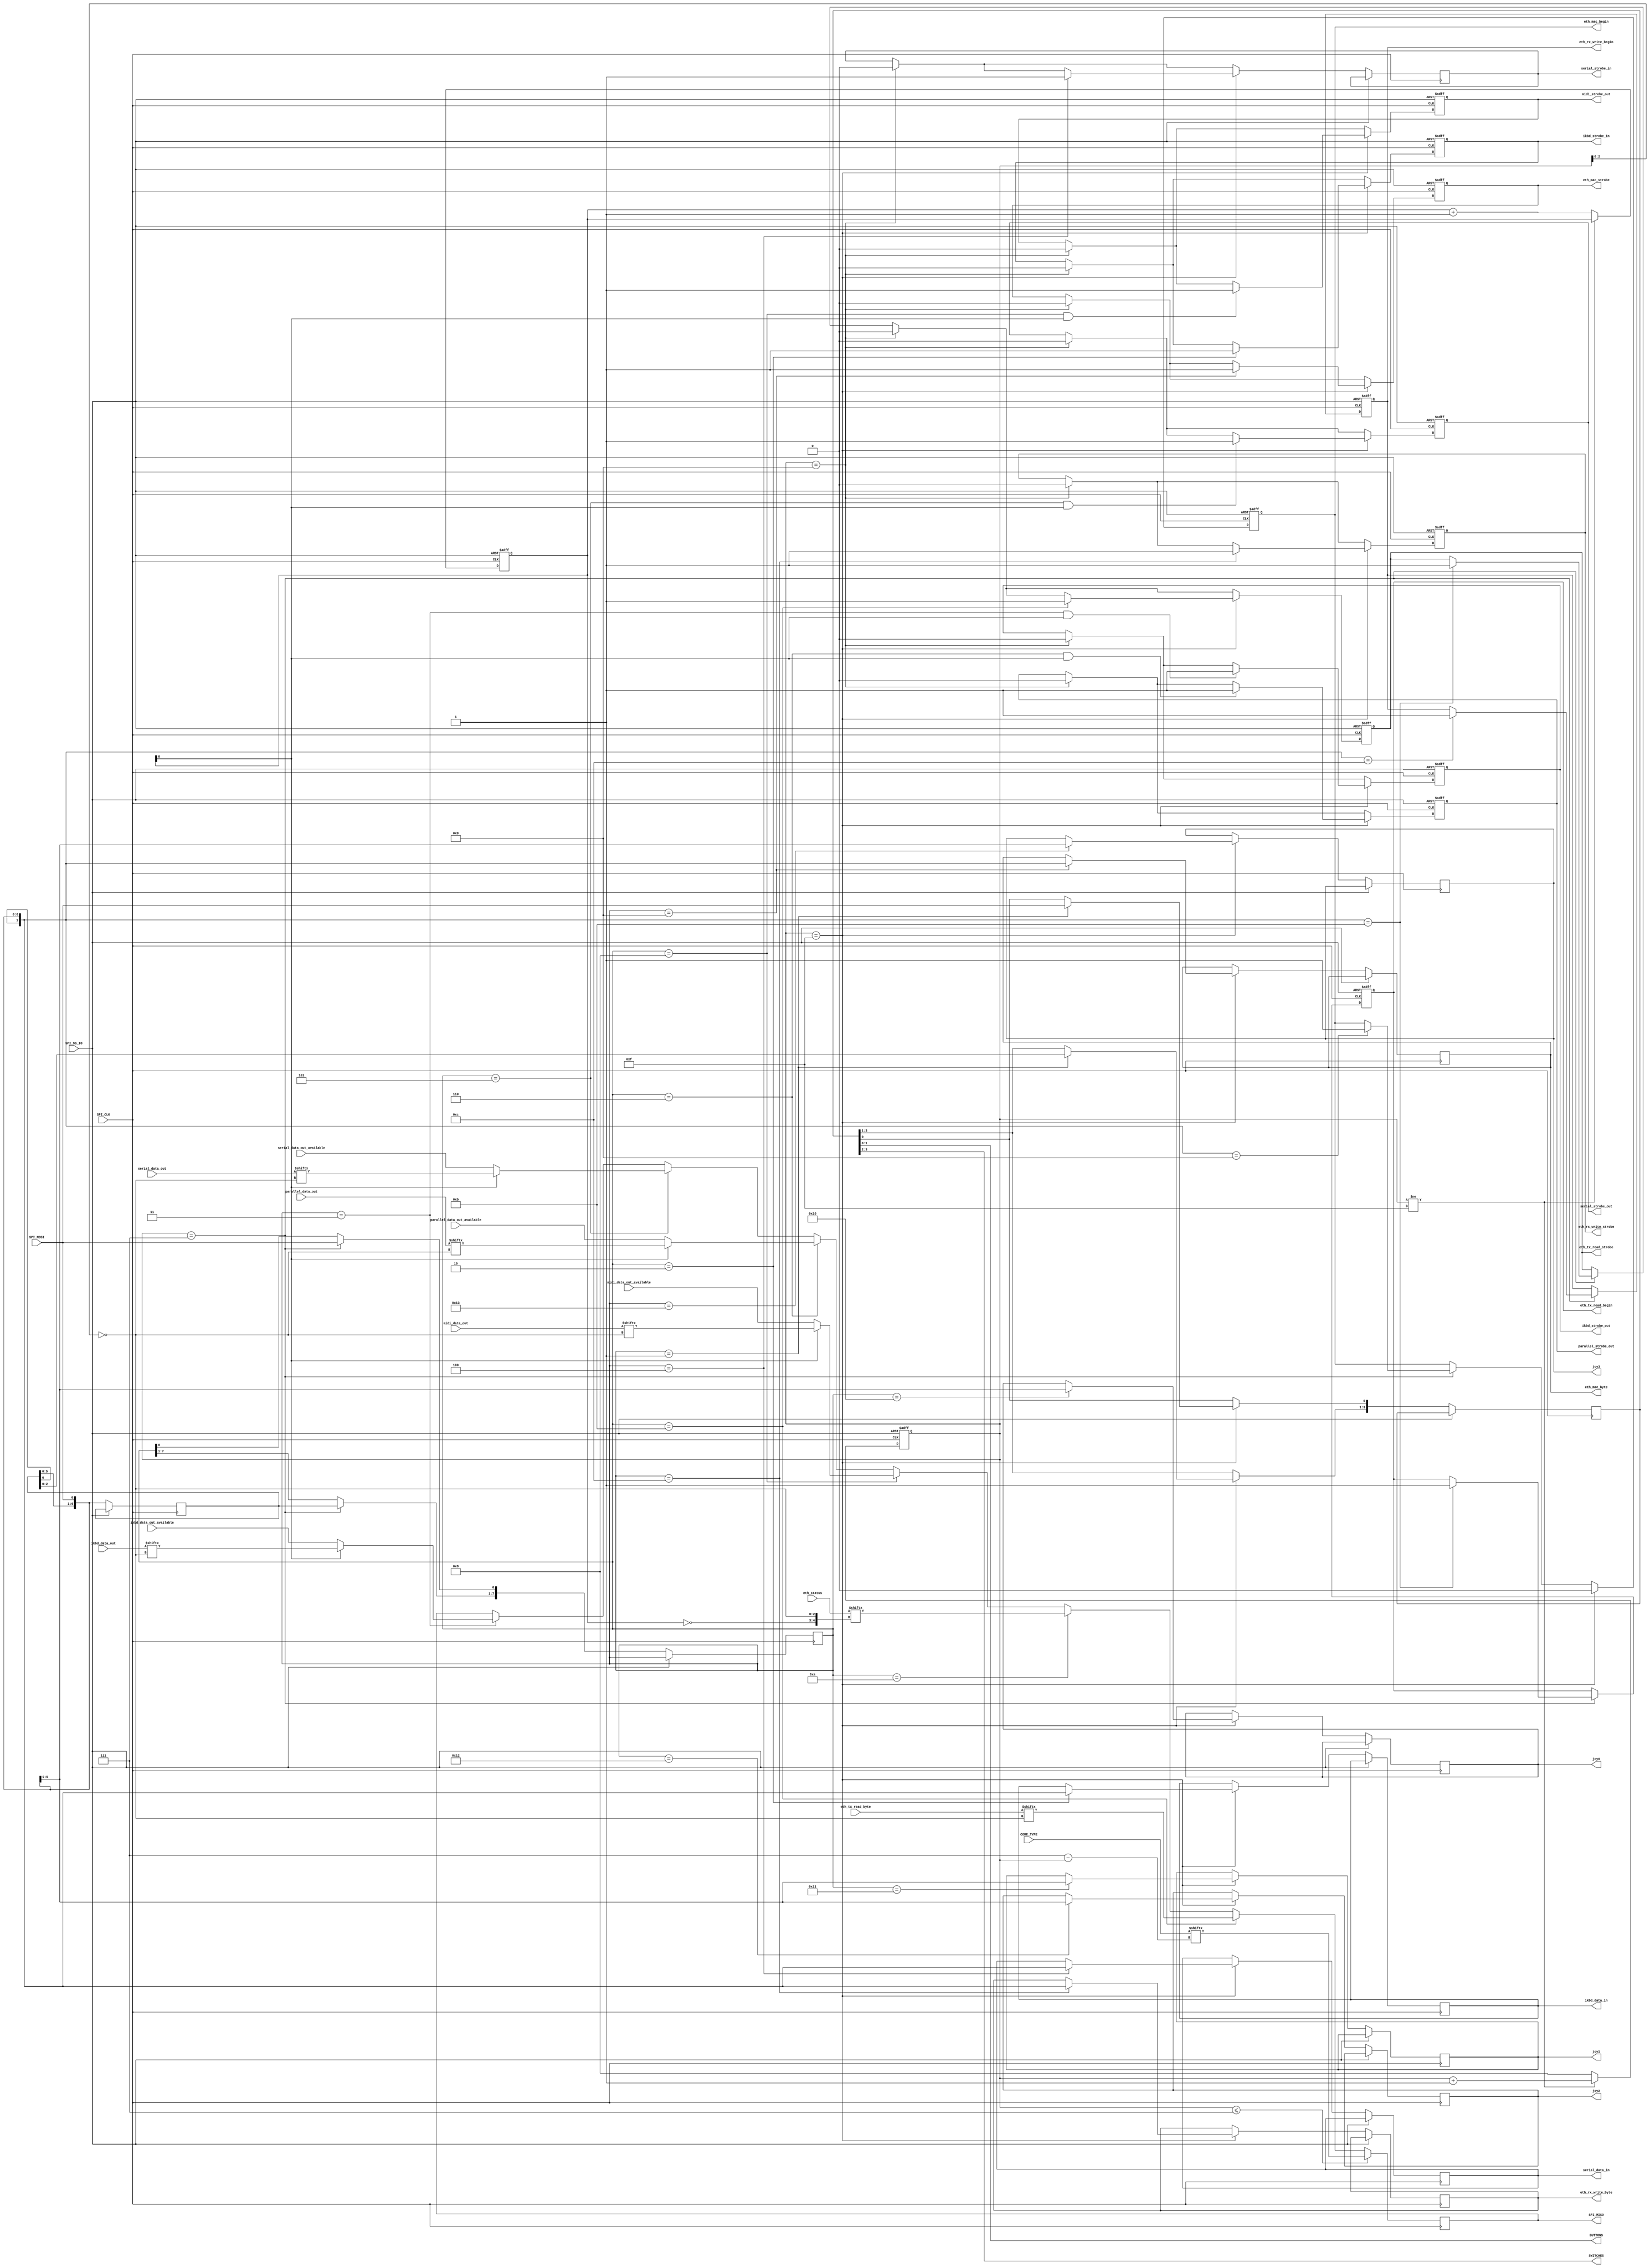
module user_io( 
	   input      SPI_CLK,
	   input      SPI_SS_IO,
	   output     reg SPI_MISO,
	   input      SPI_MOSI,
	   input [7:0] CORE_TYPE,

		// ikbd tdata from io controller to acia
		output reg       ikbd_strobe_in,
		output reg [7:0] ikbd_data_in,
		
		// ikbd data from acia to io controller
		output reg       ikbd_strobe_out,
		input            ikbd_data_out_available,
		input [7:0]      ikbd_data_out,

		// four extra joysticks
		output reg [5:0] joy0, joy1, joy2, joy3,
		
		// serial data from mfp to io controller
		output reg       serial_strobe_out,
		input            serial_data_out_available,
		input [7:0]      serial_data_out,
		
		// serial data from io controller to mfp
		output reg       serial_strobe_in,
		output reg [7:0] serial_data_in,

		// parallel data from psg/ym to io controller
		output reg       parallel_strobe_out,
		input            parallel_data_out_available,
		input [7:0]      parallel_data_out,

		// midi data from acia to io controller
		output reg       midi_strobe_out,
		input            midi_data_out_available,
		input [7:0]      midi_data_out,

		// ethernet interface
		input [31:0]     eth_status,
		
		// sending mac address from io controller into core
		output reg       eth_mac_begin,
		output reg       eth_mac_strobe,
		output reg [7:0] eth_mac_byte,
		
		output reg       eth_tx_read_begin,
		output reg       eth_tx_read_strobe,
		input [7:0] 	  eth_tx_read_byte,
	
		output reg       eth_rx_write_begin,
		output reg       eth_rx_write_strobe,
		output reg [7:0] eth_rx_write_byte,

		// on-board buttons and dip switches
		output [1:0] 	  BUTTONS,
		output [1:0]     SWITCHES
);

	reg [1:0] 			byte_cnt;
   reg [6:0]         sbuf;
   reg [7:0]         cmd;
   reg [3:0] 	      bit_cnt;       // 0..15
   reg [3:0] 	      but_sw;

	// counter runs 0..7,8..15,8..15,8..15
	wire [2:0] tx_bit = ~(bit_cnt[2:0]);
	
	assign BUTTONS = but_sw[1:0];
	assign SWITCHES = but_sw[3:2];
   
   always@(negedge SPI_CLK) begin
      if(bit_cnt <= 7)
		  SPI_MISO <= CORE_TYPE[7-bit_cnt];
		else begin
			// ikbd acia->io controller
			if(cmd == 3) begin
				if(!byte_cnt[0])
					SPI_MISO <= ikbd_data_out_available;
				else
					SPI_MISO <= ikbd_data_out[tx_bit];
			end
			
			// serial mfp->io controller
			if(cmd == 5) begin
				if(!byte_cnt[0])
					SPI_MISO <= serial_data_out_available;
				else
					SPI_MISO <= serial_data_out[tx_bit];
			end
			
			// parallel psg/ym->io controller
			if(cmd == 6) begin
				if(!byte_cnt[0])
					SPI_MISO <= parallel_data_out_available;
				else
					SPI_MISO <= parallel_data_out[tx_bit];
			end
			
			// midi->io controller
			if(cmd == 8) begin
				if(!byte_cnt[0])
					SPI_MISO <= midi_data_out_available;
				else
					SPI_MISO <= midi_data_out[tx_bit];
			end
			
			// ethernet status
			if(cmd == 8'h0a)
				SPI_MISO <= eth_status[{~byte_cnt, tx_bit}];

			// read ethernet tx buffer
			if(cmd == 8'h0b)
				SPI_MISO <= eth_tx_read_byte[tx_bit];
		end
	end
		
   always@(posedge SPI_CLK, posedge SPI_SS_IO) begin
		if(SPI_SS_IO == 1) begin
        bit_cnt <= 4'd0;
		  byte_cnt <= 2'd0;
		  
		  // ikbd (kbd, joysticks, mouse)
		  ikbd_strobe_in <= 1'b0;
		  ikbd_strobe_out <= 1'b0;
		  
		  // USB redirection ports (serial/parallel/midi)
		  serial_strobe_out <= 1'b0;
		  parallel_strobe_out <= 1'b0;
		  midi_strobe_out <= 1'b0;
		  
		  // ethernet
		  eth_mac_begin <= 1'b0;
		  eth_mac_strobe <= 1'b0;
		  eth_tx_read_begin <= 1'b0;
		  eth_tx_read_strobe <= 1'b0;
		  eth_rx_write_begin <= 1'b0;
		  eth_rx_write_strobe <= 1'b0;
		  
		end else begin
			sbuf[6:1] <= sbuf[5:0];
			sbuf[0] <= SPI_MOSI;

			// count 0-7 8-15 8-15 8-15
			if(bit_cnt != 4'd15)
				bit_cnt <= bit_cnt + 4'd1;
			else begin
				bit_cnt <= 4'd8;
				byte_cnt <= byte_cnt + 2'd1;
			end

			// command byte finished
	      if(bit_cnt == 7) begin
			   cmd[7:1] <= sbuf; 
				cmd[0] <= SPI_MOSI;
				
				// just finished the mac command byte? -> set begin flag
				if( { sbuf, SPI_MOSI} == 8'h09 )
					eth_mac_begin <= 1'b1;
					
				if( { sbuf, SPI_MOSI} == 8'h0b ) begin
					eth_tx_read_begin <= 1'b1;
					eth_tx_read_strobe <= 1'b1;
				end
				
				if( { sbuf, SPI_MOSI} == 8'h0c )
					eth_rx_write_begin <= 1'b1;
		   end	

			if(bit_cnt == 9) begin
				ikbd_strobe_in <= 1'b0;
				ikbd_strobe_out <= 1'b0;
				
				serial_strobe_in <= 1'b0;
				serial_strobe_out <= 1'b0;
				parallel_strobe_out <= 1'b0;
				midi_strobe_out <= 1'b0;
				
				eth_mac_strobe <= 1'b0;
				eth_tx_read_strobe <= 1'b0;
				eth_rx_write_strobe <= 1'b0;
			end
			
			// payload byte finished
	      if(bit_cnt == 15) begin
				eth_mac_begin <= 1'b0;

				if(cmd == 1) begin
					 but_sw[3:1] <= sbuf[2:0]; 
					 but_sw[0] <= SPI_MOSI; 
				end

				// send ikbd byte to acia
			   if(cmd == 2) begin
					 ikbd_data_in <= { sbuf, SPI_MOSI }; 
					 ikbd_strobe_in <= 1'b1;
				end

				// give strobe after second ikbd byte (byte_cnt[0] == 1)
			   if((cmd == 3) && byte_cnt[0])
					 ikbd_strobe_out <= 1'b1;

				// send serial byte to mfp
			   if(cmd == 4) begin
					 serial_data_in <= { sbuf, SPI_MOSI }; 
					 serial_strobe_in <= 1'b1;
				end
				
				// give strobe after second serial byte (byte_cnt[0]==1)
			   if((cmd == 5) && byte_cnt[0])
					 serial_strobe_out <= 1'b1;
					 
				// give strobe after second parallel byte (byte_cnt[0]==1)
			   if((cmd == 6) && byte_cnt[0])
					 parallel_strobe_out <= 1'b1;
					 
				// give strobe after second midi byte (byte_cnt[0]==1)
			   if((cmd == 8) && byte_cnt[0])
					 midi_strobe_out <= 1'b1;
					 
				// send mac address byte to ethernet controller
			   if(cmd == 9) begin
					 eth_mac_byte <= { sbuf, SPI_MOSI }; 
					 eth_mac_strobe <= 1'b1;
				end
				  
				// give strobe after each eth byte read
			   if(cmd == 8'h0b)
					 eth_tx_read_strobe <= 1'b1;
					 
				// give strobe after each eth byte written
			   if(cmd == 8'h0c) begin
					 eth_rx_write_byte <= { sbuf, SPI_MOSI }; 
					 eth_rx_write_strobe <= 1'b1;
//					 eth_rx_write_begin <= 1'b1;
				end

				// four extra joysticks ...
				if(cmd == 8'h10)
					 joy0 <= { sbuf[4:0], SPI_MOSI }; 

				if(cmd == 8'h11)
					 joy1 <= { sbuf[4:0], SPI_MOSI }; 

				if(cmd == 8'h12)
					 joy2 <= { sbuf[4:0], SPI_MOSI }; 

				if(cmd == 8'h13)
					 joy3 <= { sbuf[4:0], SPI_MOSI }; 

			 end
		end
	end
      
endmodule